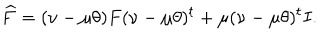
LaTeX: \widehat F = ( \nu - \mu \theta ) F ( \nu - \mu \theta ) ^ { t } + \mu ( \nu - \mu \theta ) ^ { t } I .